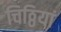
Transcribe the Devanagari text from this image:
चिठ्ठियां